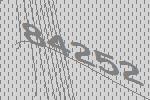
84252